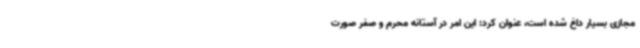
مجازی بسیار داغ شده است، عنوان کرد: این امر در آستانه محرم و صفر صورت